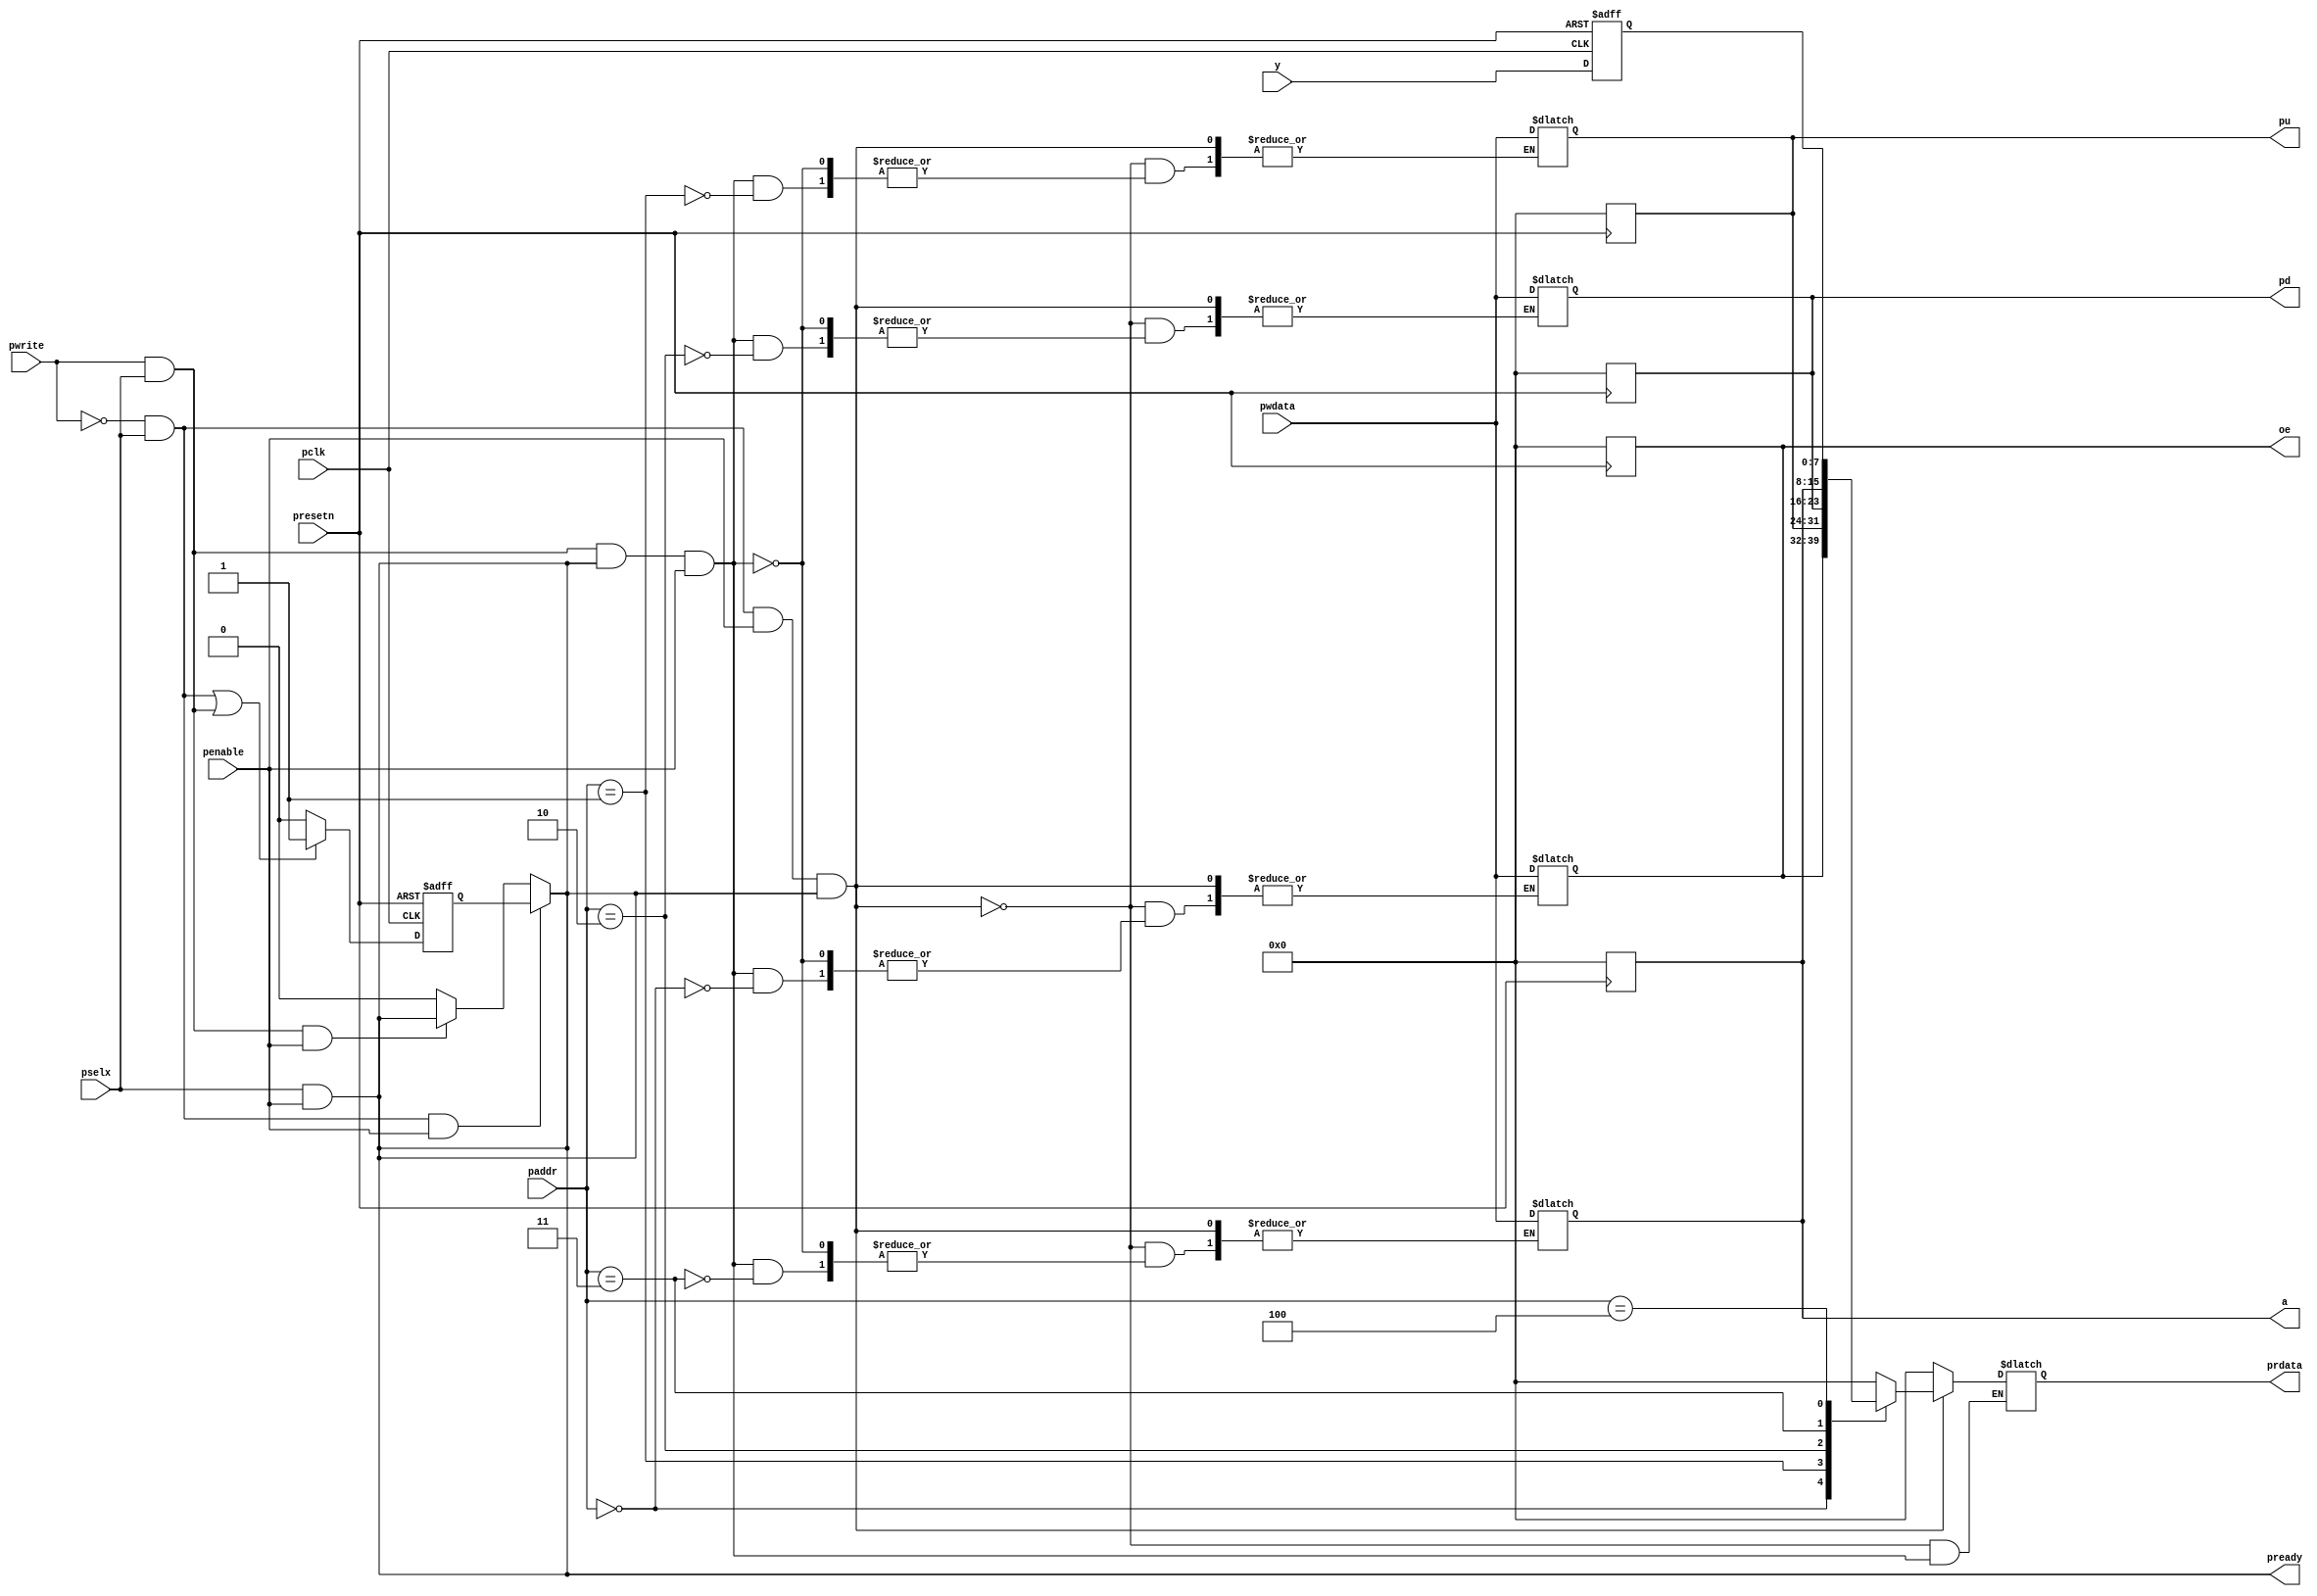
 module gbas#(
				parameter DATA_WIDTH = 8,
				parameter ADDR_WIDTH = 3,
				parameter PREADY_DEL = 0
				)(
				input							pclk,
				input							presetn,
				input							pwrite,
				input							pselx,
				input							penable,
				input		[ADDR_WIDTH-1 : 0]	paddr,
				input		[DATA_WIDTH-1 : 0]	pwdata,
				output  reg	[DATA_WIDTH-1 : 0]	prdata,
				output							pready,

				input		[7 : 0]            	y,
				output		[7 : 0]            	oe,
				output		[7 : 0]            	pu,
				output		[7 : 0]            	pd,
				output		[7 : 0]            	a
				);

reg		[7:0]		reg_oe;
reg		[7:0]		reg_pu;
reg		[7:0]		reg_pd;
reg		[7:0]		reg_a;
reg		[7:0]		reg_y;


reg		[1:0]		counter;
wire	[7:0]		wire_y;
wire				r_counter_en;
wire				w_counter_en;
wire				write_en;
wire				read_en;
reg					pready_reg;

assign write_en = 	 pwrite & pselx;
assign read_en	=	!pwrite & pselx;

always @(negedge presetn) begin
	if(!presetn) begin
		reg_oe	<= 'h0;
		reg_pd	<= 'h0;
		reg_pu	<= 'h0;
		reg_a	<= 'h0;
	end 
end

always @(*) begin
	if(read_en & penable & pready) begin
		case (paddr)
			3'h0 : prdata <= reg_oe;
			3'h1 : prdata <= reg_pu;
			3'h2 : prdata <= reg_pd;
			3'h3 : prdata <= reg_a;
			3'h4 : prdata <= reg_y;
			default : prdata <= 8'h00;
		endcase
	end else if(write_en & pready & penable) begin
		case (paddr)
			3'h0 : reg_oe	<= pwdata;
			3'h1 : reg_pu	<= pwdata;
			3'h2 : reg_pd	<= pwdata;
			3'h3 : reg_a 	<= pwdata;
		endcase
	end else 
		prdata <= 8'h00;
end

always @(posedge pclk or negedge presetn) begin
	if(!presetn) begin
		counter <= 2'b0;
		pready_reg <= 1'b0;
	end else begin
		if(read_en || write_en) begin
			pready_reg <= (PREADY_DEL == 0)? 1'b1 : (counter == PREADY_DEL)? 1'b1 : 1'b0;
			counter <= (pready_reg)? 2'b00 : counter + 1'b1;
		end else 
			pready_reg <= 1'b0; 
	end
end

always @(posedge pclk or  negedge presetn) begin
	if(!presetn)
		reg_y <= 1'b0;
	else 
		reg_y <= y;
end

assign pready = (read_en && penable)? pready_reg : (write_en && penable)? (pselx & penable) : 1'b0;

assign pready = pselx & penable;

assign oe = reg_oe;
assign pu = reg_pu;
assign pd = reg_pd;
assign a  = reg_a;

endmodule